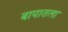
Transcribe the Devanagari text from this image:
बापातला